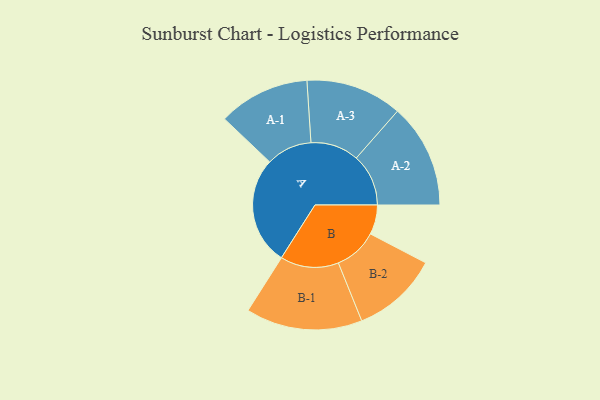
{"axis": {"x": "Segment", "y": "Value"}, "legend": ["", "A", "B"], "data": [{"x": "A", "y": 440, "type": ""}, {"x": "B", "y": 120, "type": ""}, {"x": "A-1", "y": 186, "type": "A"}, {"x": "A-2", "y": 212, "type": "A"}, {"x": "A-3", "y": 196, "type": "A"}, {"x": "B-1", "y": 237, "type": "B"}, {"x": "B-2", "y": 176, "type": "B"}]}